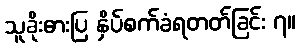
သူခိုးဓားပြ နှိပ်စက်ခံရတတ်ခြင်း ၇။